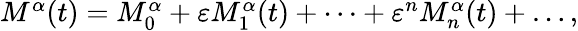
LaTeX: \begin{array}{r}{M^{\alpha}(t)=M_{0}^{\alpha}+\varepsilon M_{1}^{\alpha}(t)+\dots+\varepsilon^{n}M_{n}^{\alpha}(t)+\dots,}\end{array}